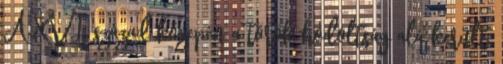
A XVI. század közepén a török hódoltság alá került.